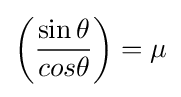
\left({\frac {\sin \theta }{cos\theta }}\right)=\mu